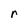
Character: r